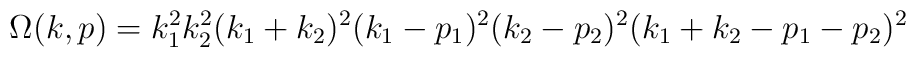
\Omega(k,p)=k^2_1k^2_2(k_1+k_2)^2(k_1-p_1)^2(k_2-p_2)^2(k_1+k_2-p_1-p_2)^2